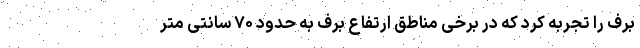
برف را تجربه کرد که در برخی مناطق ارتفاع برف به حدود ۷۰ سانتی متر